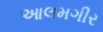
આલમગીર